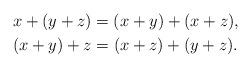
LaTeX: \begin{align*} x+(y+z) &=(x+y)+(x+z),\\ (x+y)+z &=(x+z)+(y+z).\end{align*}